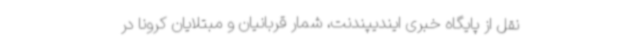
نقل از پایگاه خبری ایندیپندنت، شمار قربانیان و مبتلایان کرونا در